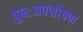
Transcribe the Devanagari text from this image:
पुनःअवशोषण